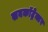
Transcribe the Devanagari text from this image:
सबकॉट्रेक्टर